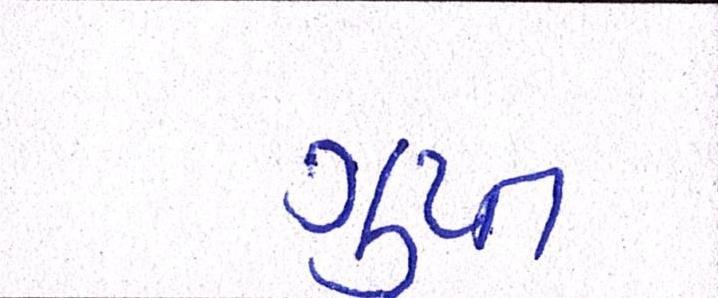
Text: ગુપ્ત